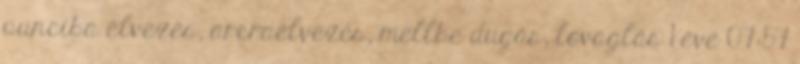
punciba élvezés, arcraélvezés, mellbe dugás, lovaglás 1 éve 07:57